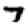
Digit: 7